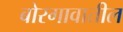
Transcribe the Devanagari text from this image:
बोरगावातील